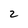
Character: 2